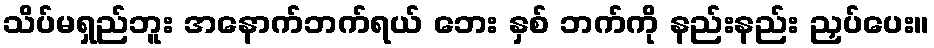
သိပ်မရှည်ဘူး အနောက်ဘက်ရယ် ဘေး နှစ် ဘက်ကို နည်းနည်း ညှပ်ပေး။